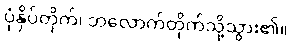
ပုံနှိပ်တိုက်၊ ဘလောက်တိုက်သို့သွား၏။